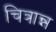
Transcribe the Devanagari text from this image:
चित्रान्न